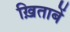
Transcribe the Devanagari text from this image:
ख़िताबें